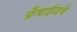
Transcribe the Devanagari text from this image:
फ्रँचाईजचे